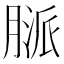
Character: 𦞓